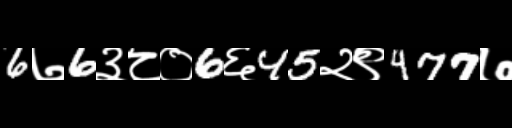
Text: 6७6३८०6६45२९477७